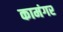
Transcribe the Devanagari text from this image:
कामंगर